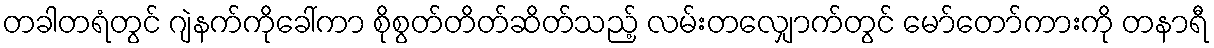
တခါတရံတွင် ဂျဲနက်ကိုခေါ်ကာ စိုစွတ်တိတ်ဆိတ်သည့် လမ်းတလျှောက်တွင် မော်တော်ကားကို တနာရီ